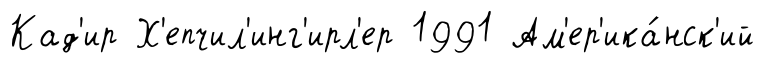
Кад'ир Х'епчил'инг'ирл'ер 1991 Ам'ер'ика́нск'ий